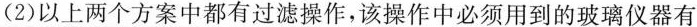
(2)以上两个方案中都有过滤操作，该操作中必须用到的玻璃仪器有